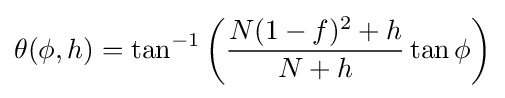
\theta (\phi ,h)=\tan ^{-1}\left({\frac {N(1-f)^{2}+h}{N+h}}\tan \phi \right)